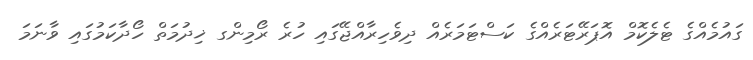
ގައުމެއްގެ ޓެލެކޮމް އޮޕަރޭޓަރެއްގެ ކަސްޓަމަރެއް ދިވެހިރާއްޖޭގައި ހުރެ ރޯމިންގ ޚިދުމަތް ހޯދާކަމުގައި ވާނަމަ